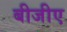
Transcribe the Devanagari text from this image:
बीजीए